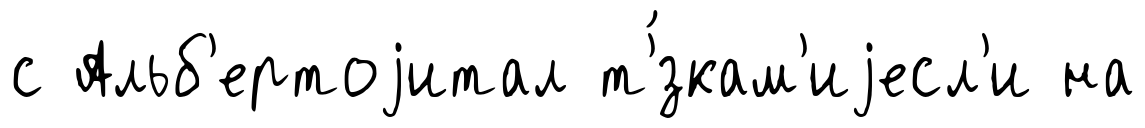
с Альб'ертоjитал т'́зкам'иjесл'и на